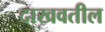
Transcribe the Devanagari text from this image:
दाखवतील